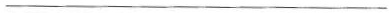
___